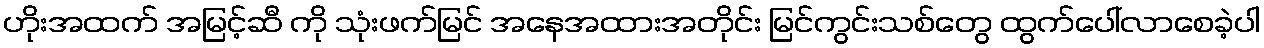
ဟိုးအထက် အမြင့်ဆီ ကို သုံးဖက်မြင် အနေအထားအတိုင်း မြင်ကွင်းသစ်တွေ ထွက်ပေါ်လာစေခဲ့ပါ